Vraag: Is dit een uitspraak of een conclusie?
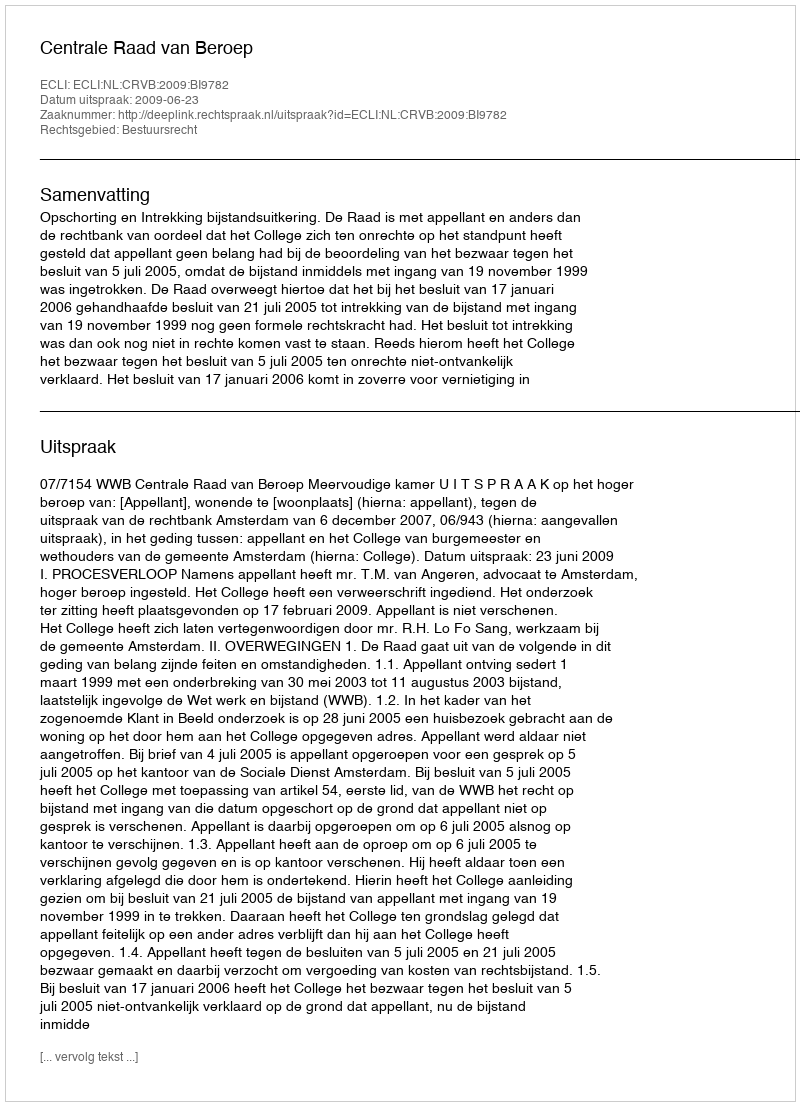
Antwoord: Uitspraak